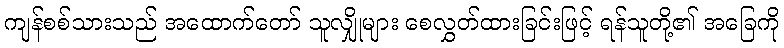
ကျန်စစ်သားသည် အထောက်တော် သူလျှိုများ စေလွှတ်ထားခြင်းဖြင့် ရန်သူတို့၏ အခြေကို